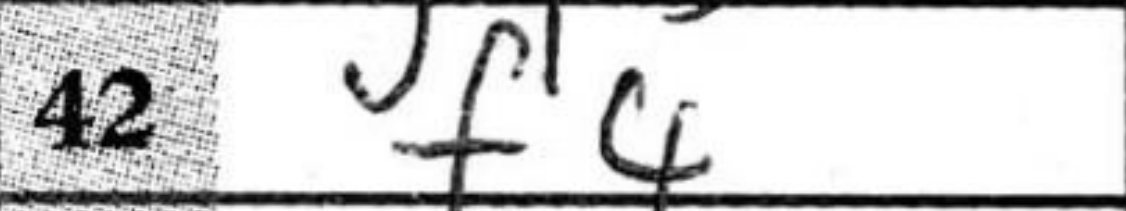
Transcription: f4